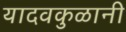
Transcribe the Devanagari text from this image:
यादवकुळानी